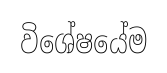
විශේෂයේම